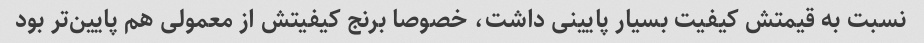
نسبت به قیمتش کیفیت بسیار پایینی داشت، خصوصا برنج کیفیتش از معمولی هم پایین‌تر بود